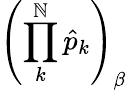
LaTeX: \left(\prod_{k}^{\mathbb{N}}\hat{{p}}_{k}\right)_{\beta}